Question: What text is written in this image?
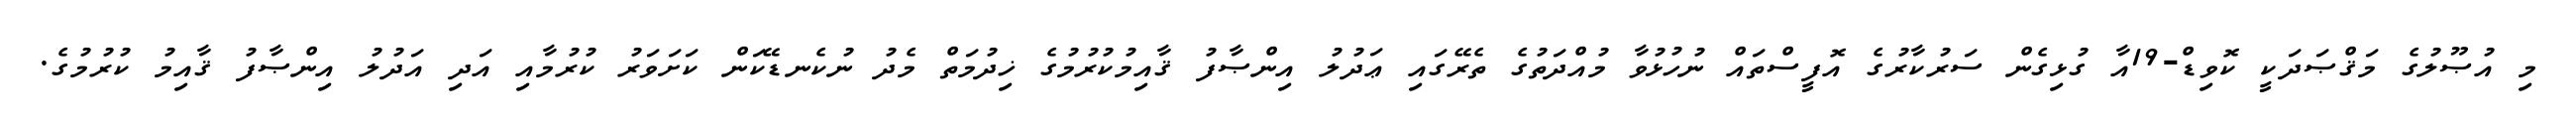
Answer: މި އުޞޫލުގެ މަޤްޞަދަކީ ކޮވިޑް-19އާ ގުޅިގެން ސަރުކާރުގެ އޮފީސްތައް ނުހުޅުވާ މުއްދަތުގެ ތެރޭގައި ޢަދުލު އިންޞާފު ޤާއިމުކުރުމުގެ ޚިދުމަތް މެދު ނުކެނޑޭކަން ކަށަވަރު ކުރުމާއި އަދި އަދުލު އިންޞާފު ޤާއިމު ކުރުމުގެ.